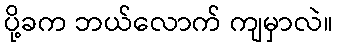
ပို့ခက ဘယ်လောက် ကျမှာလဲ။